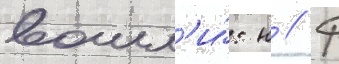
вошл'и́: н // Ф